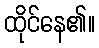
ထိုင်နေ၏။